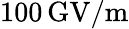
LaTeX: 100\, \mathrm{GV/m}